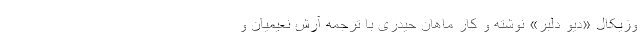
وزیکال «دیو دلبر» نوشته و کار ماهان ‌حیدری با ترجمه آرش نعیمیان و